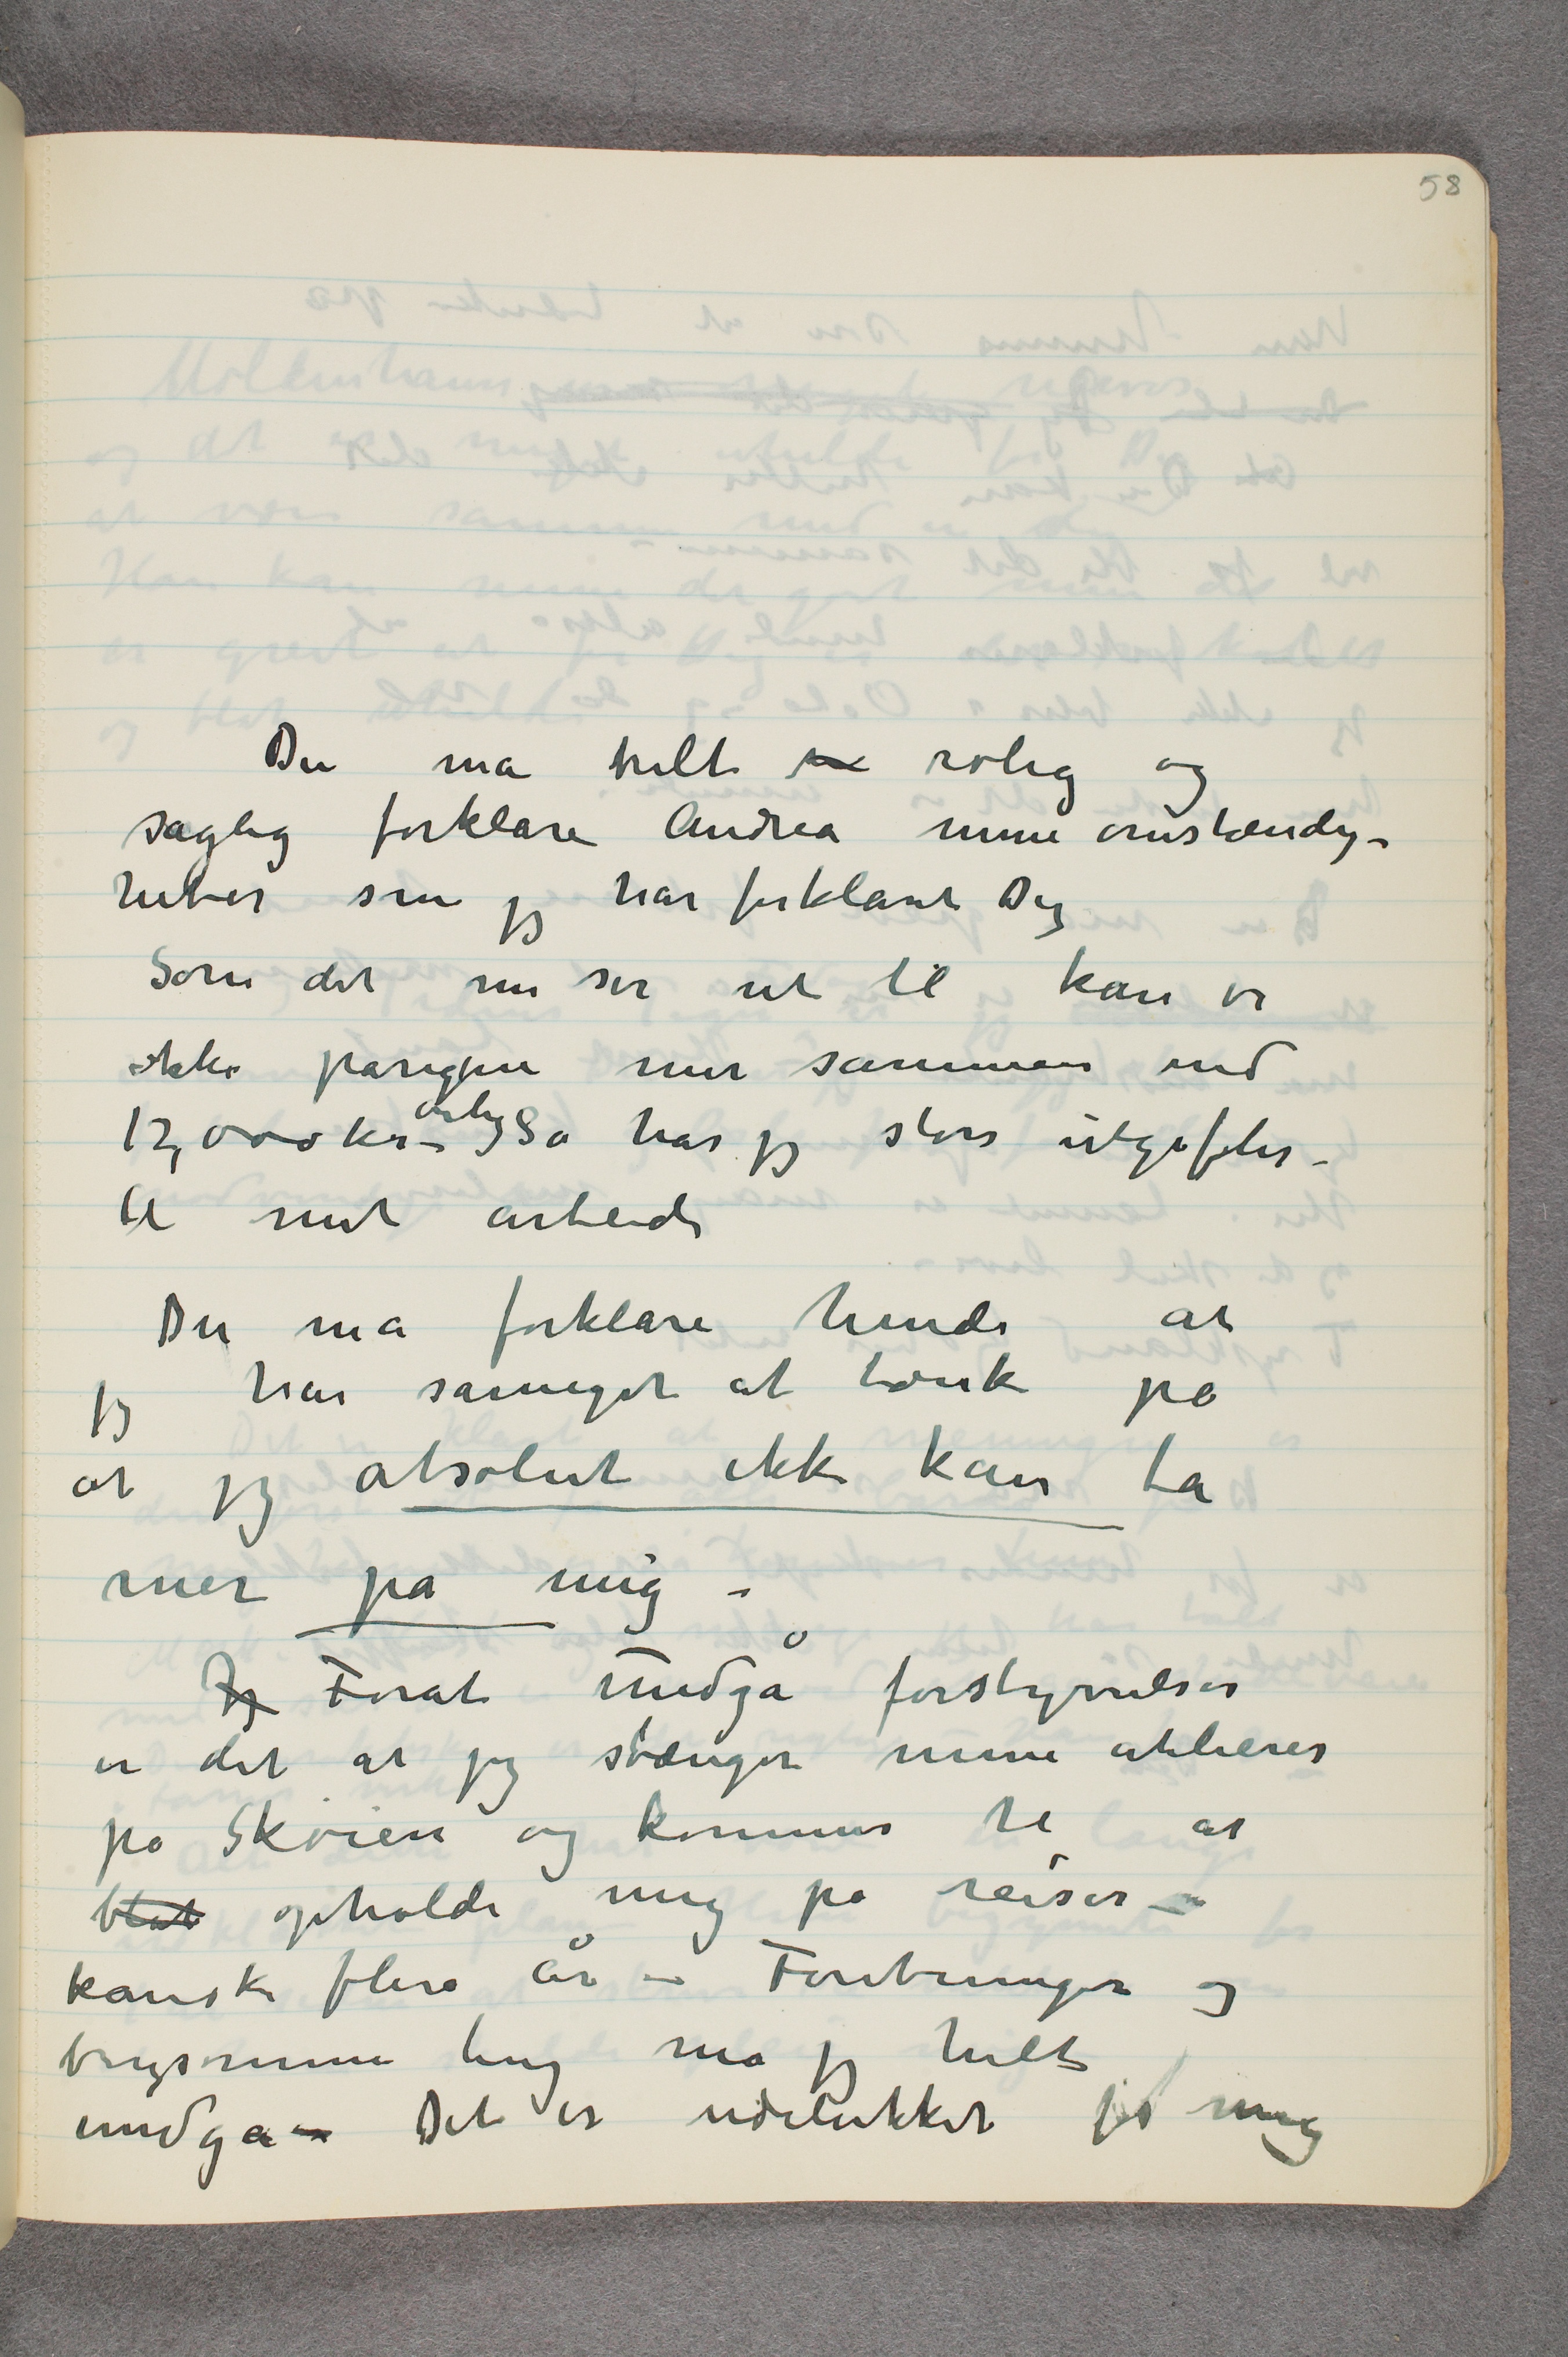
Du må helt  …  rolig og
saglig forklare Andrea mine omstændig-
heder som jeg har forklaret Dig
Som det nu ser ut til kan vi
ikke påregne mer sammen end
12,000 kr årlig – Så har jeg store utgifter –
til mit arbeide
Du må forklare hende at
jeg har såmeget at tænke på
at jeg absolut ikke kan ta
mer på mig –
Jeg Forat undgå forstyrrelser
er det at jeg stænger mine atelierer
på Skøien og kommer til at
blot opholde mig på reiser –
kanske flere år – Foretninger og
brysomme ting må jeg helt
undgå – Det er udelukket for mig